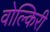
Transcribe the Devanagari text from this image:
वोल्किरी